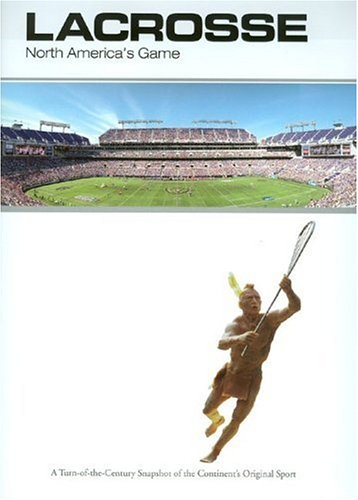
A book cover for Lacrosse: North America's Game; Lacrosse Magazine; Sports & Outdoors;